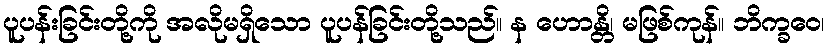
ပူပန်းခြင်းတို့ကို အလိုမရှိသော ပူပန်ခြင်းတို့သည်။ န ဟောန္တိ၊ မဖြစ်ကုန်။ ဘိက္ခဝေ၊